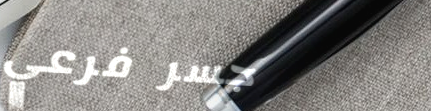
جسر فرعي